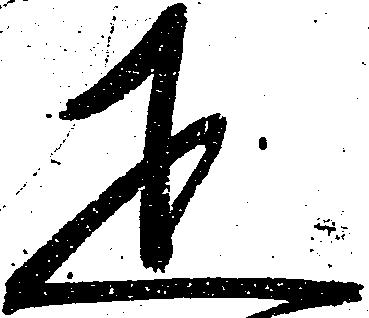
疋